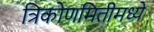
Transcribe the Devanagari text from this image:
त्रिकोणमितीमध्ये